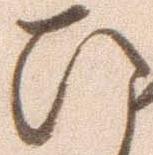
ひ